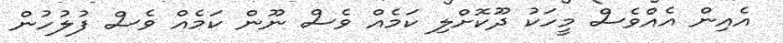
އެއިން އެއްވެސް މީހަކު ދޫކޮށްލި ކަމެއް ވެސް ނޫން ކަމެއް ވެސް ފުލުހުން